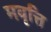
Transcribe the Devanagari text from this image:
मवृत्ति